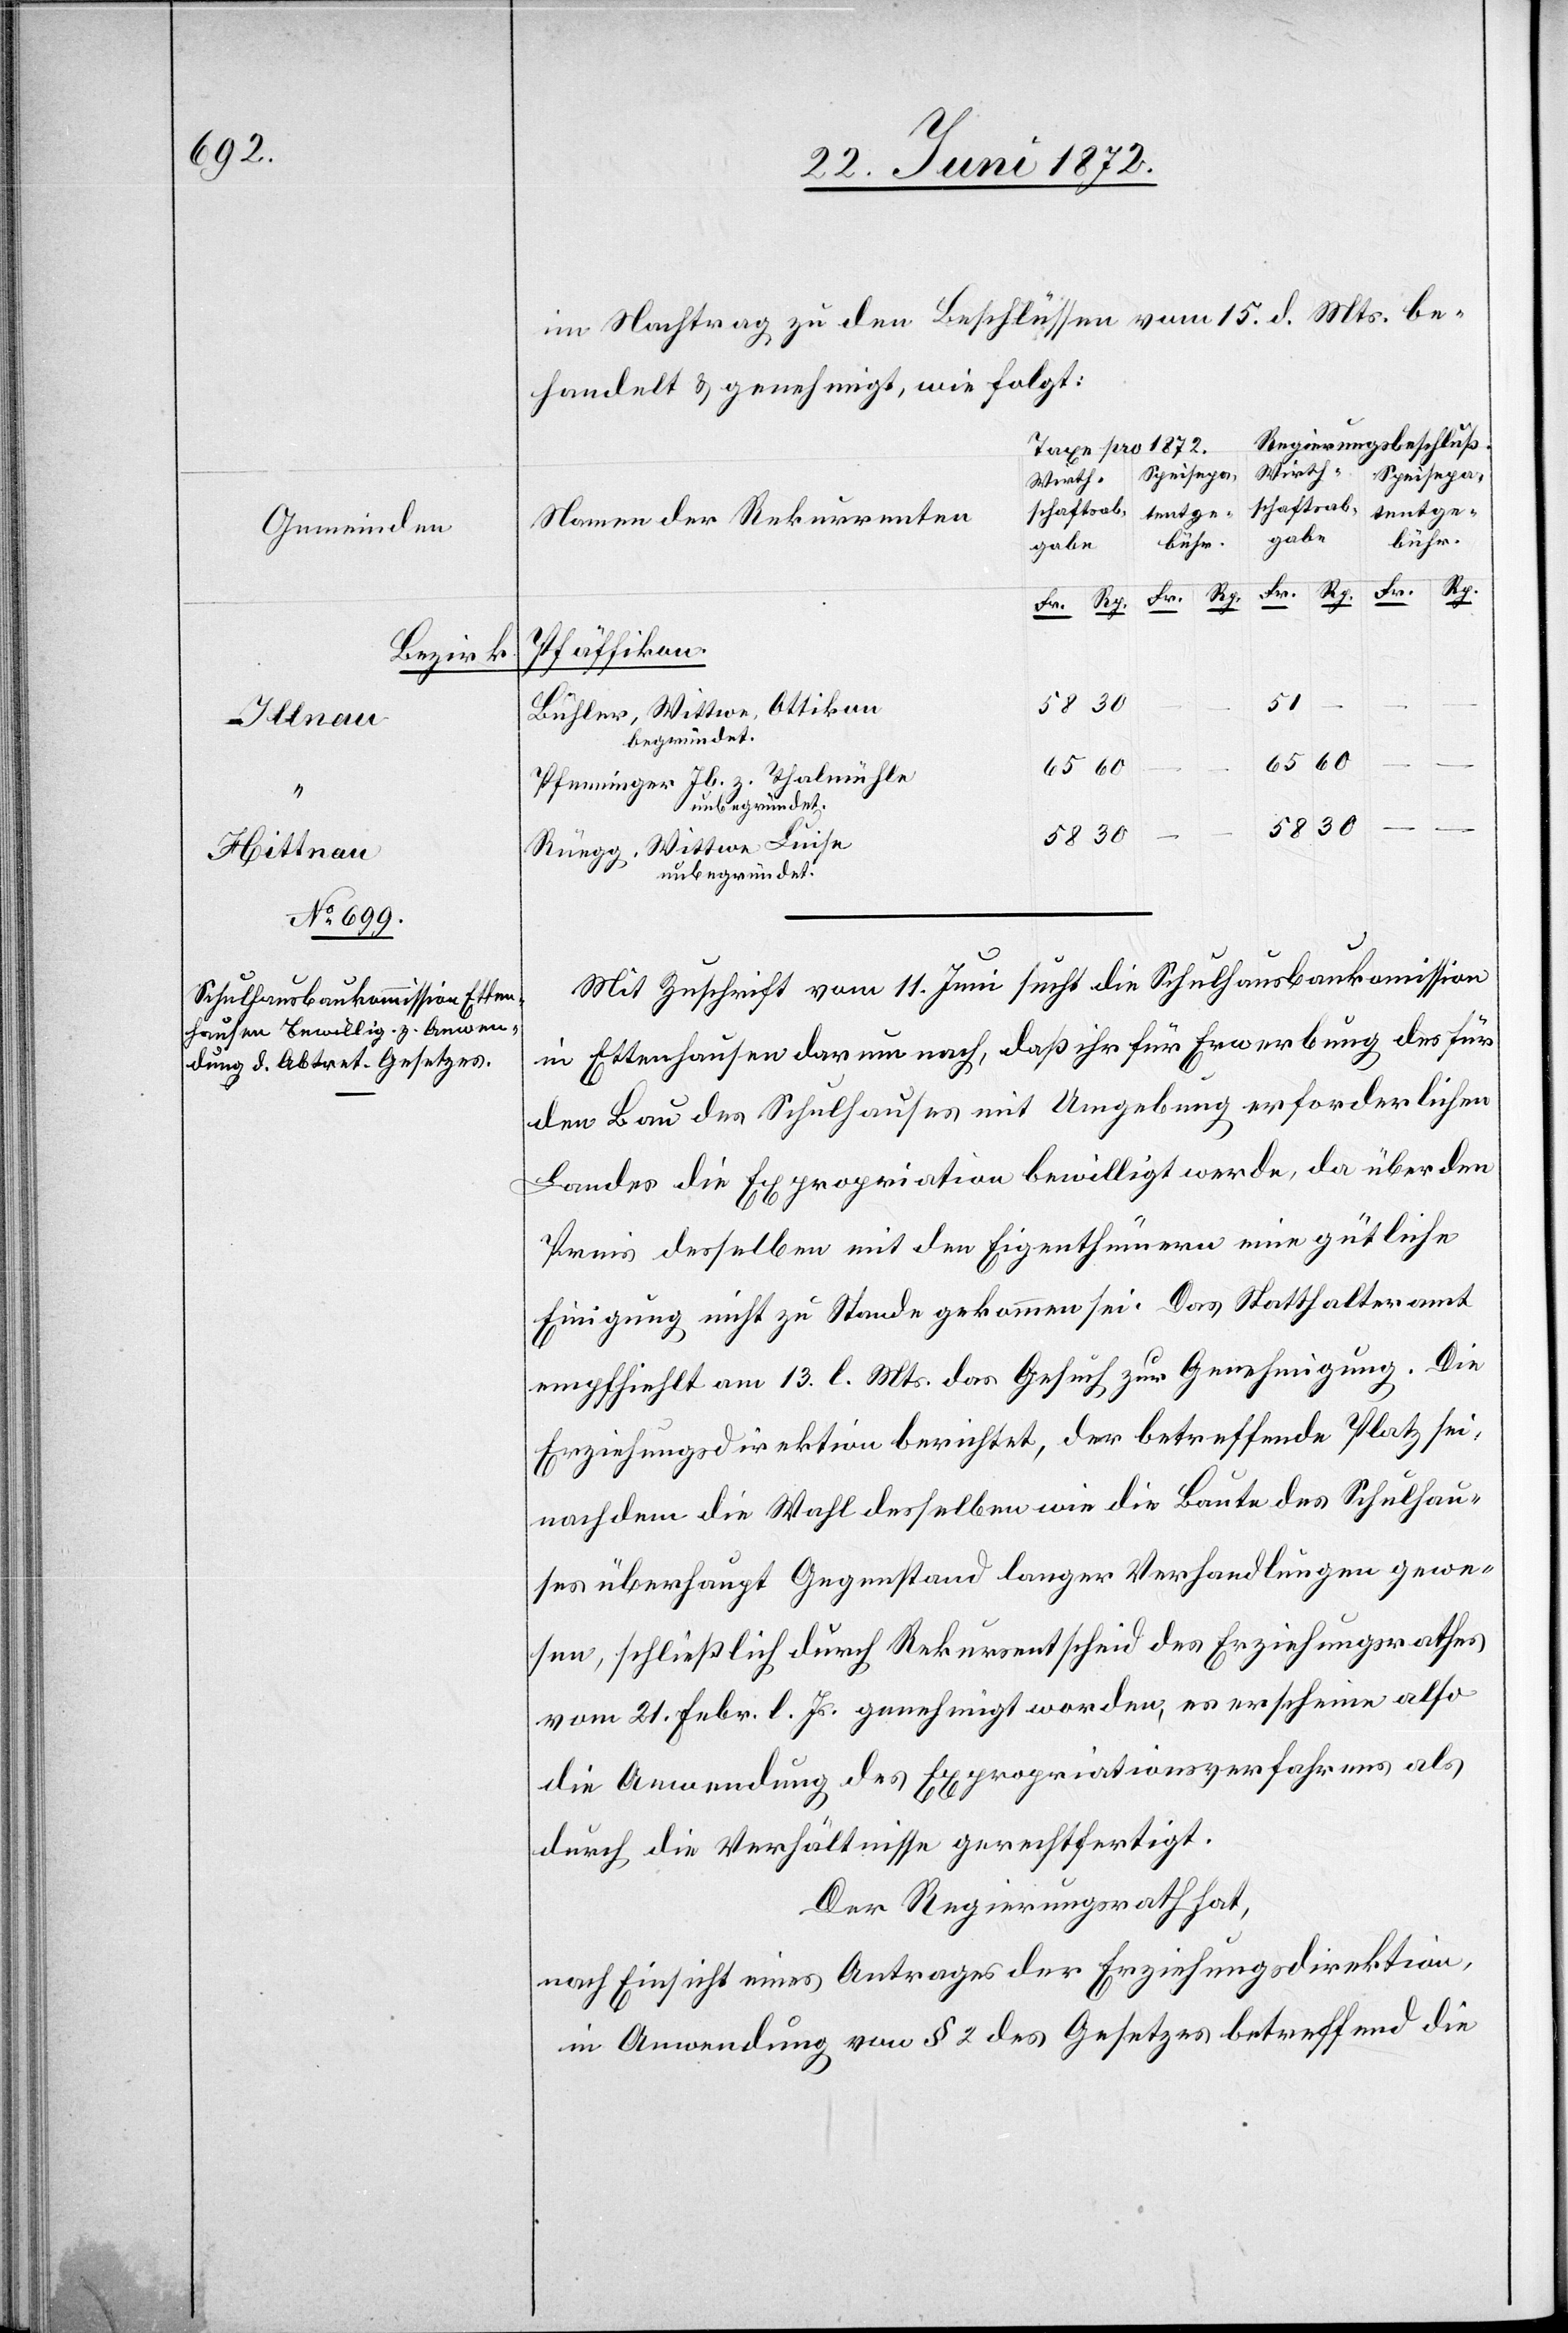
Gemeinden
Bezirk
Hittnau

im Nachtrag zu den Beschlüssen vom 15. d. Mts. be¬
handelt u. genehmigt, wie folgt:
Regierungsbeschluß.
Taxe pro 1872.
Speisepa¬
Wirth¬
schafts-ab¬
tent-ge¬
Namen der Rekurrenten
gabe
bühr.
Rp.
Fr.
Fr.
Rp.
Pfäffikon
–
58
Bühler, Wittwe, Ottikon
begründet
Pfenninger Jb. z. Thalmühle
Rüegg, Wittwe Luise
unbegründet.
–
Mit Zuschrift vom 11. Juni sucht die Schulhausbaukommission
in Ettenhausen darum nach, daß ihr für Erwerbung des für
den Bau des Schulhauses mit Umgebung erforderlichen
Landes die Expropriation bewilligt werde, da über den
Preis desselben mit den Eigenthümern eine gütliche
Einigung nicht zu Stande gekommen sei. Das Statthalteramt
empfiehlt am 13. l. Mts. das Gesuch zur Genehmigung. Die
Erziehungsdirektion berichtet, der betreffende Platz sei,
nachdem die Wahl desselben wie die Baute des Schulhau¬
ses überhaupt Gegenstand langer Verhandlungen gewe¬
sen, schließlich durch Rekursentscheid des Erziehungsrathes
vom 21. Febr. l. Js. genehmigt worden, es erscheine also
die Anwendung des Expropriationsverfahrens als
durch die Verhältnisse gerechtfertigt.
Der Regierungsrath hat,
nach Einsicht eines Antrages der Erziehungsdirektion,
in Anwendung von § 2 des Gesetzes betreffend die